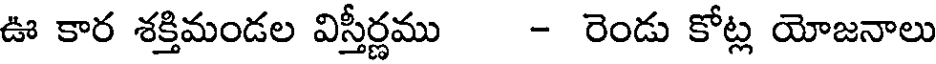
ఊ కార శక్తిమండల విస్తీర్ణము - రెండు కోట్ల యోజనాలు